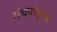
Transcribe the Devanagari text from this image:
संघर्षातूनच